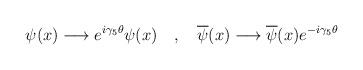
LaTeX: \begin{align*}\psi(x)\longrightarrow e^{i\gamma_{5}\theta}\psi(x)\quad ,\quad \overline{\psi}(x)\longrightarrow \overline{\psi}(x) e^{-i\gamma_{5}\theta}\end{align*}